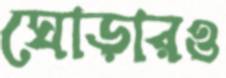
ঘোড়ারও